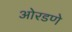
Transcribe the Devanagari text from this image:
ओरडणे